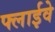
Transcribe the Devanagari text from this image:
फ्लाईवे